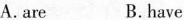
A.are B.have